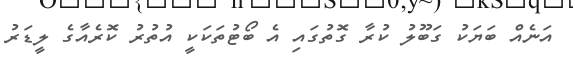
އަނެއް ބަޔަކު ގަބޫލު ކުރާ ގޮތުގައި އެ ބޯޓުތަކަކީ އުތުރު ކޮރެއާގެ ލީޑަރު